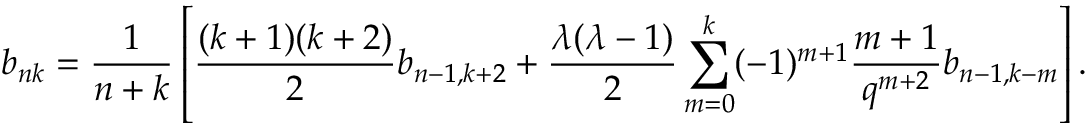
b _ { n k } = \frac { 1 } { n + k } \left[ \frac { ( k + 1 ) ( k + 2 ) } { 2 } b _ { n - 1 , k + 2 } + \frac { \lambda ( \lambda - 1 ) } { 2 } \sum _ { m = 0 } ^ { k } ( - 1 ) ^ { m + 1 } \frac { m + 1 } { q ^ { m + 2 } } b _ { n - 1 , k - m } \right] .